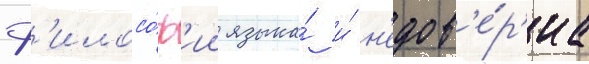
ф'илосо́ф'ии языка́ и́ н'едов'е́р'иа